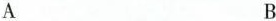
A B